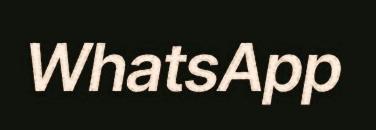
WhatsApp